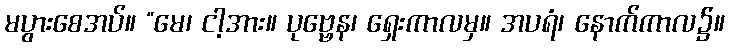
မပွားစေအပ်။ “မေ၊ ငါ့အား။ ပုဗ္ဗေန၊ ရှေးကာလမှ။ အပရံ၊ နောက်ကာလ၌။